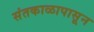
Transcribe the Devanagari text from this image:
संतकाळापासून